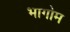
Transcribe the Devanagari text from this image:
भागोम